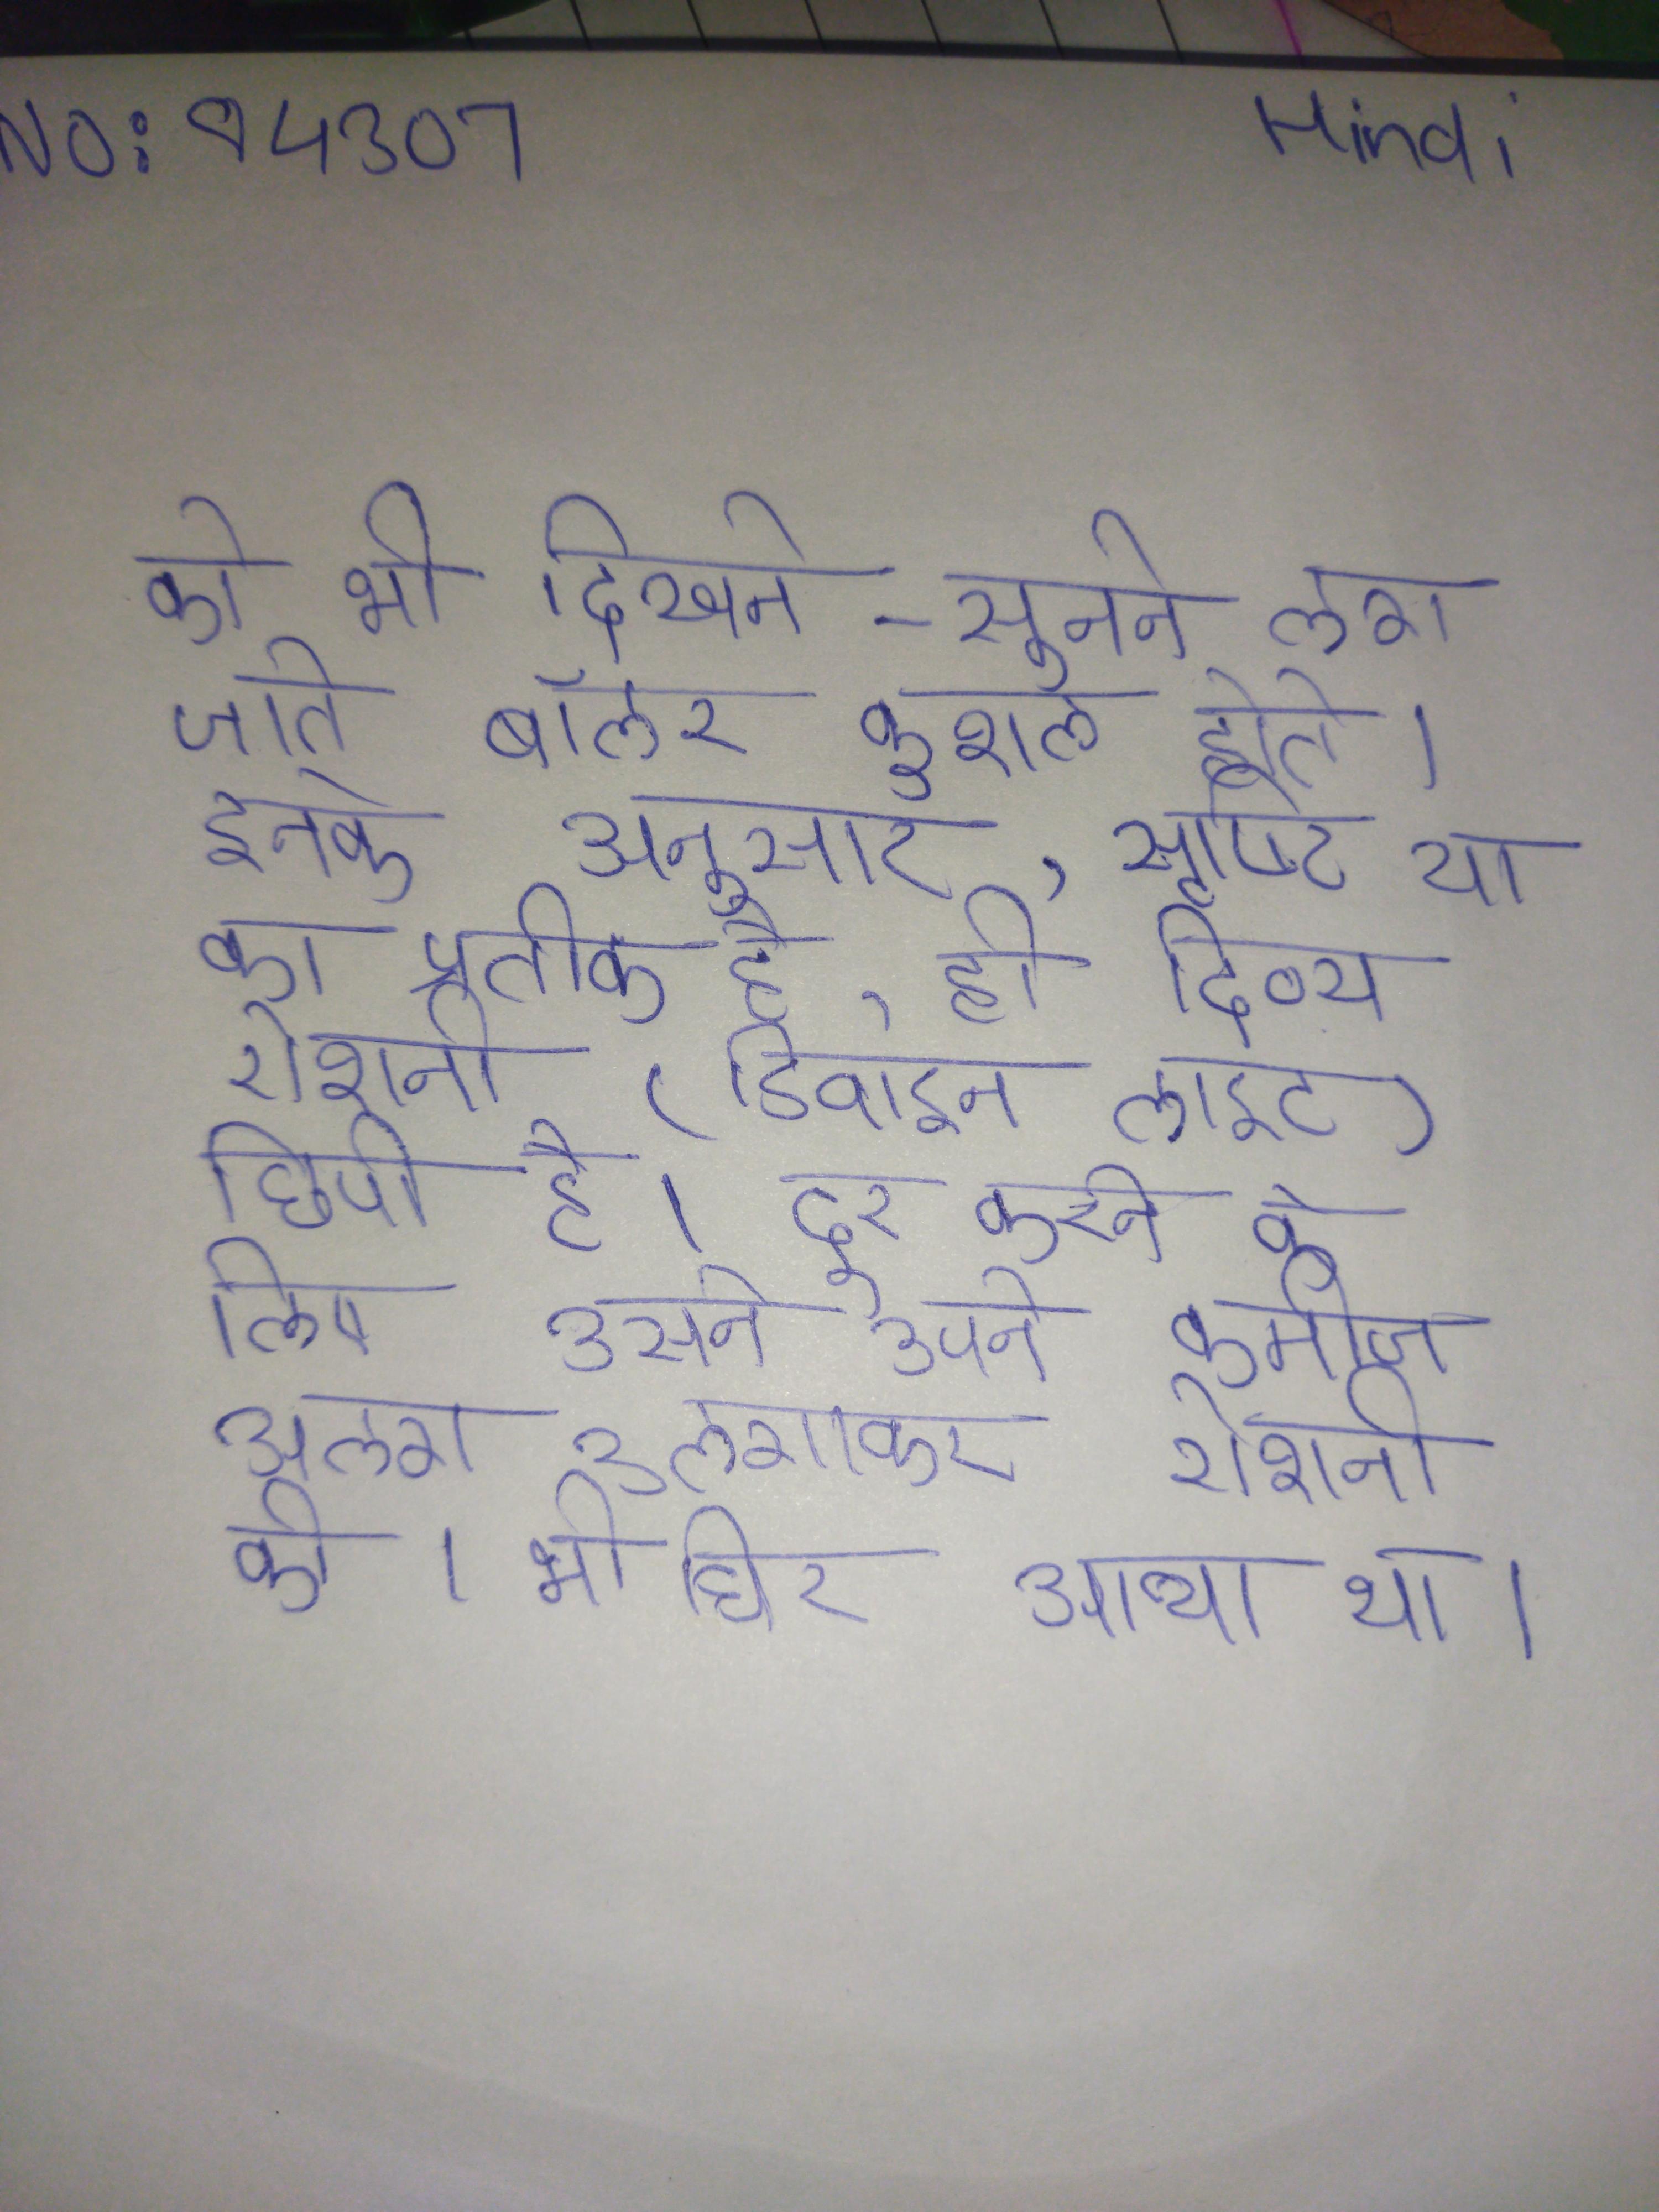
को भी दिखने-सुनने लग जाते बॉलर कुशल होते । इनके अनुसार, सृष्टि या का प्रतीक है, ही दिव्य रोशनी (डिवाइन लाइट) छिपी है । दूर करने के लिए उसने अपने कमीज आग लगाकर रोशनी की । भी घिर आया था ।